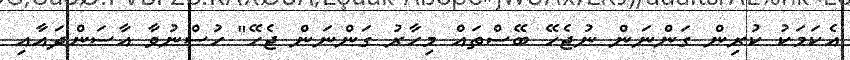
އެކަމަކު ކުރިން ގަންނަން ނުޖެހޭ ބޭސްތައް މިހާރު ގަންނަން ޖެހޭ" ހުސްނުވާ އާސަންދައާއި